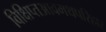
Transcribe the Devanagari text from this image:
विक्षिप्तआवमथपरिहार